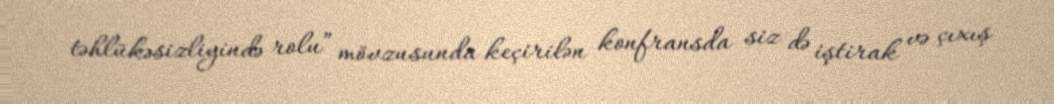
təhlükəsizliyində rolu” mövzusunda keçirilən konfransda siz də iştirak və çıxış